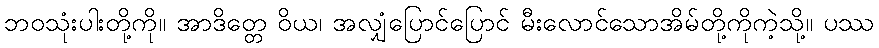
ဘဝသုံးပါးတို့ကို။ အာဒိတ္တေ ဝိယ၊ အလျှံပြောင်ပြောင် မီးလောင်သောအိမ်တို့ကိုကဲ့သို့။ ပဿ